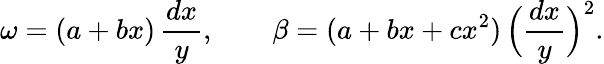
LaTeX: \omega=(a+bx)\, \frac{dx}{y},\qquad\beta=(a+bx+cx^{2})\, \Big(\frac{dx}{y}\Big)^{2}.